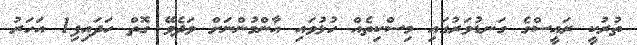
ތުރުކީ ރައީސްގެ ގަނޑުވަރުގައި މިސްކިތެއް ހުޅުވައި އާންމުންނަށް ވަދެވޭ ގޮތް ހަދައިފި1 އަހަރު